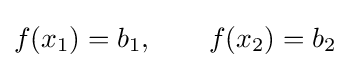
f(x_{1})=b_{1},\qquad f(x_{2})=b_{2}